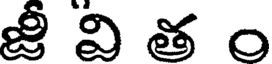
జీ వి త ం